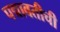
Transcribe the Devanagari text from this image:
पद्मावतीची